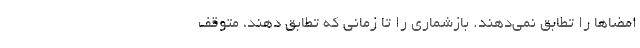
امضاها را تطابق نمی‌دهند. بازشماری را تا زمانی که تطابق دهند، متوقف